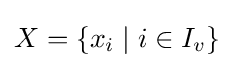
X=\lbrace x_{i}\mid i\in I_{v}\rbrace